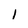
Character: 1